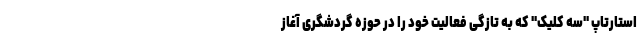
استارتاپ "سه کلیک" که به تازگی فعالیت خود را در حوزه گردشگری آغاز